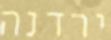
ירדנה